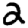
Digit: 2